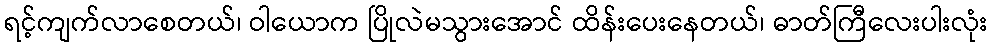
ရင့်ကျက်လာစေတယ်၊ ဝါယောက ပြိုလဲမသွားအောင် ထိန်းပေးနေတယ်၊ ဓာတ်ကြီလေးပါးလုံး